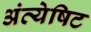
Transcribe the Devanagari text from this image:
अंत्येषिट